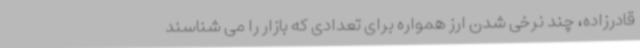
قادرزاده، چند نرخی شدن ارز همواره برای تعدادی که بازار را می شناسند